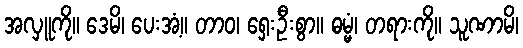
အလှူကို။ ဒေမိ၊ ပေးအံ့။ တာဝ၊ ရှေးဦးစွာ။ ဓမ္မံ၊ တရားကို။ သူဏာမိ၊